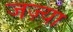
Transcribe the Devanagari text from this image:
जज़्या